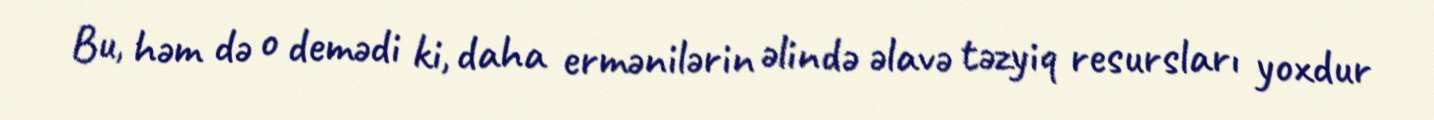
Bu, həm də o demədi ki, daha ermənilərin əlində əlavə təzyiq resursları yoxdur